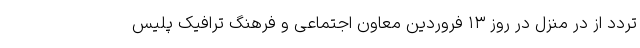
تردد از در منزل در روز ۱۳ فروردین معاون اجتماعی و فرهنگ ترافیک پلیس